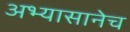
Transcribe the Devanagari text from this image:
अभ्यासानेच